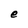
Character: e